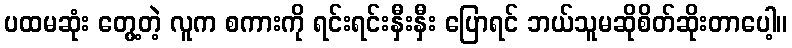
ပထမဆုံး တွေ့တဲ့ လူက စကားကို ရင်းရင်းနှီးနှီး ပြောရင် ဘယ်သူမဆိုစိတ်ဆိုးတာပေါ့။